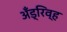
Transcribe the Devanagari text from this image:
अँड्रिव्ह